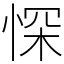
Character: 㤾